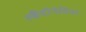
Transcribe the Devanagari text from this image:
स्कैंदीनेविया